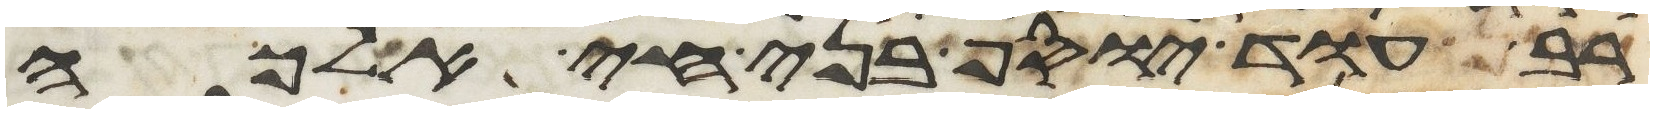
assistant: רב עוד יוסף בני חי אלכה